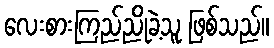
လေးစားကြည်ညိုခဲ့သူ ဖြစ်သည်။